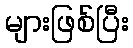
များဖြစ်ပြီး